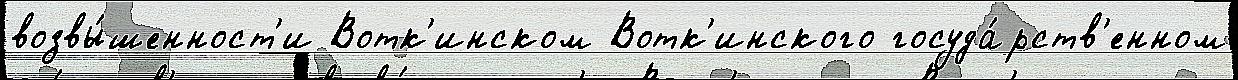
возвы́шенност'и Вотк'инском Вотк'инского госуда́рств'енном